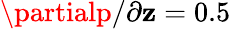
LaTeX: \partialp/\partial\mathbf{z}=0.5